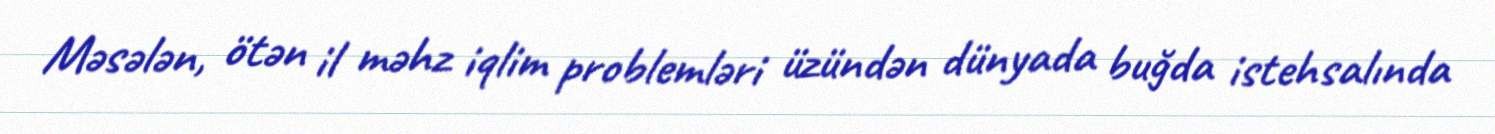
Məsələn, ötən il məhz iqlim problemləri üzündən dünyada buğda istehsalında